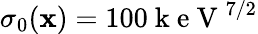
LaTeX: \sigma_{0}(\mathbf{x})=100\mathrm{{~k~e~V~}}^{7/2}